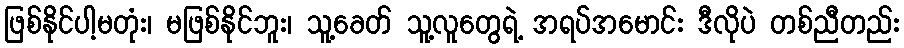
ဖြစ်နိုင်ပါ့မတုံး၊ မဖြစ်နိုင်ဘူး၊ သူ့ခေတ် သူ့လူတွေရဲ့ အရပ်အမောင်း ဒီလိုပဲ တစ်ညီတည်း